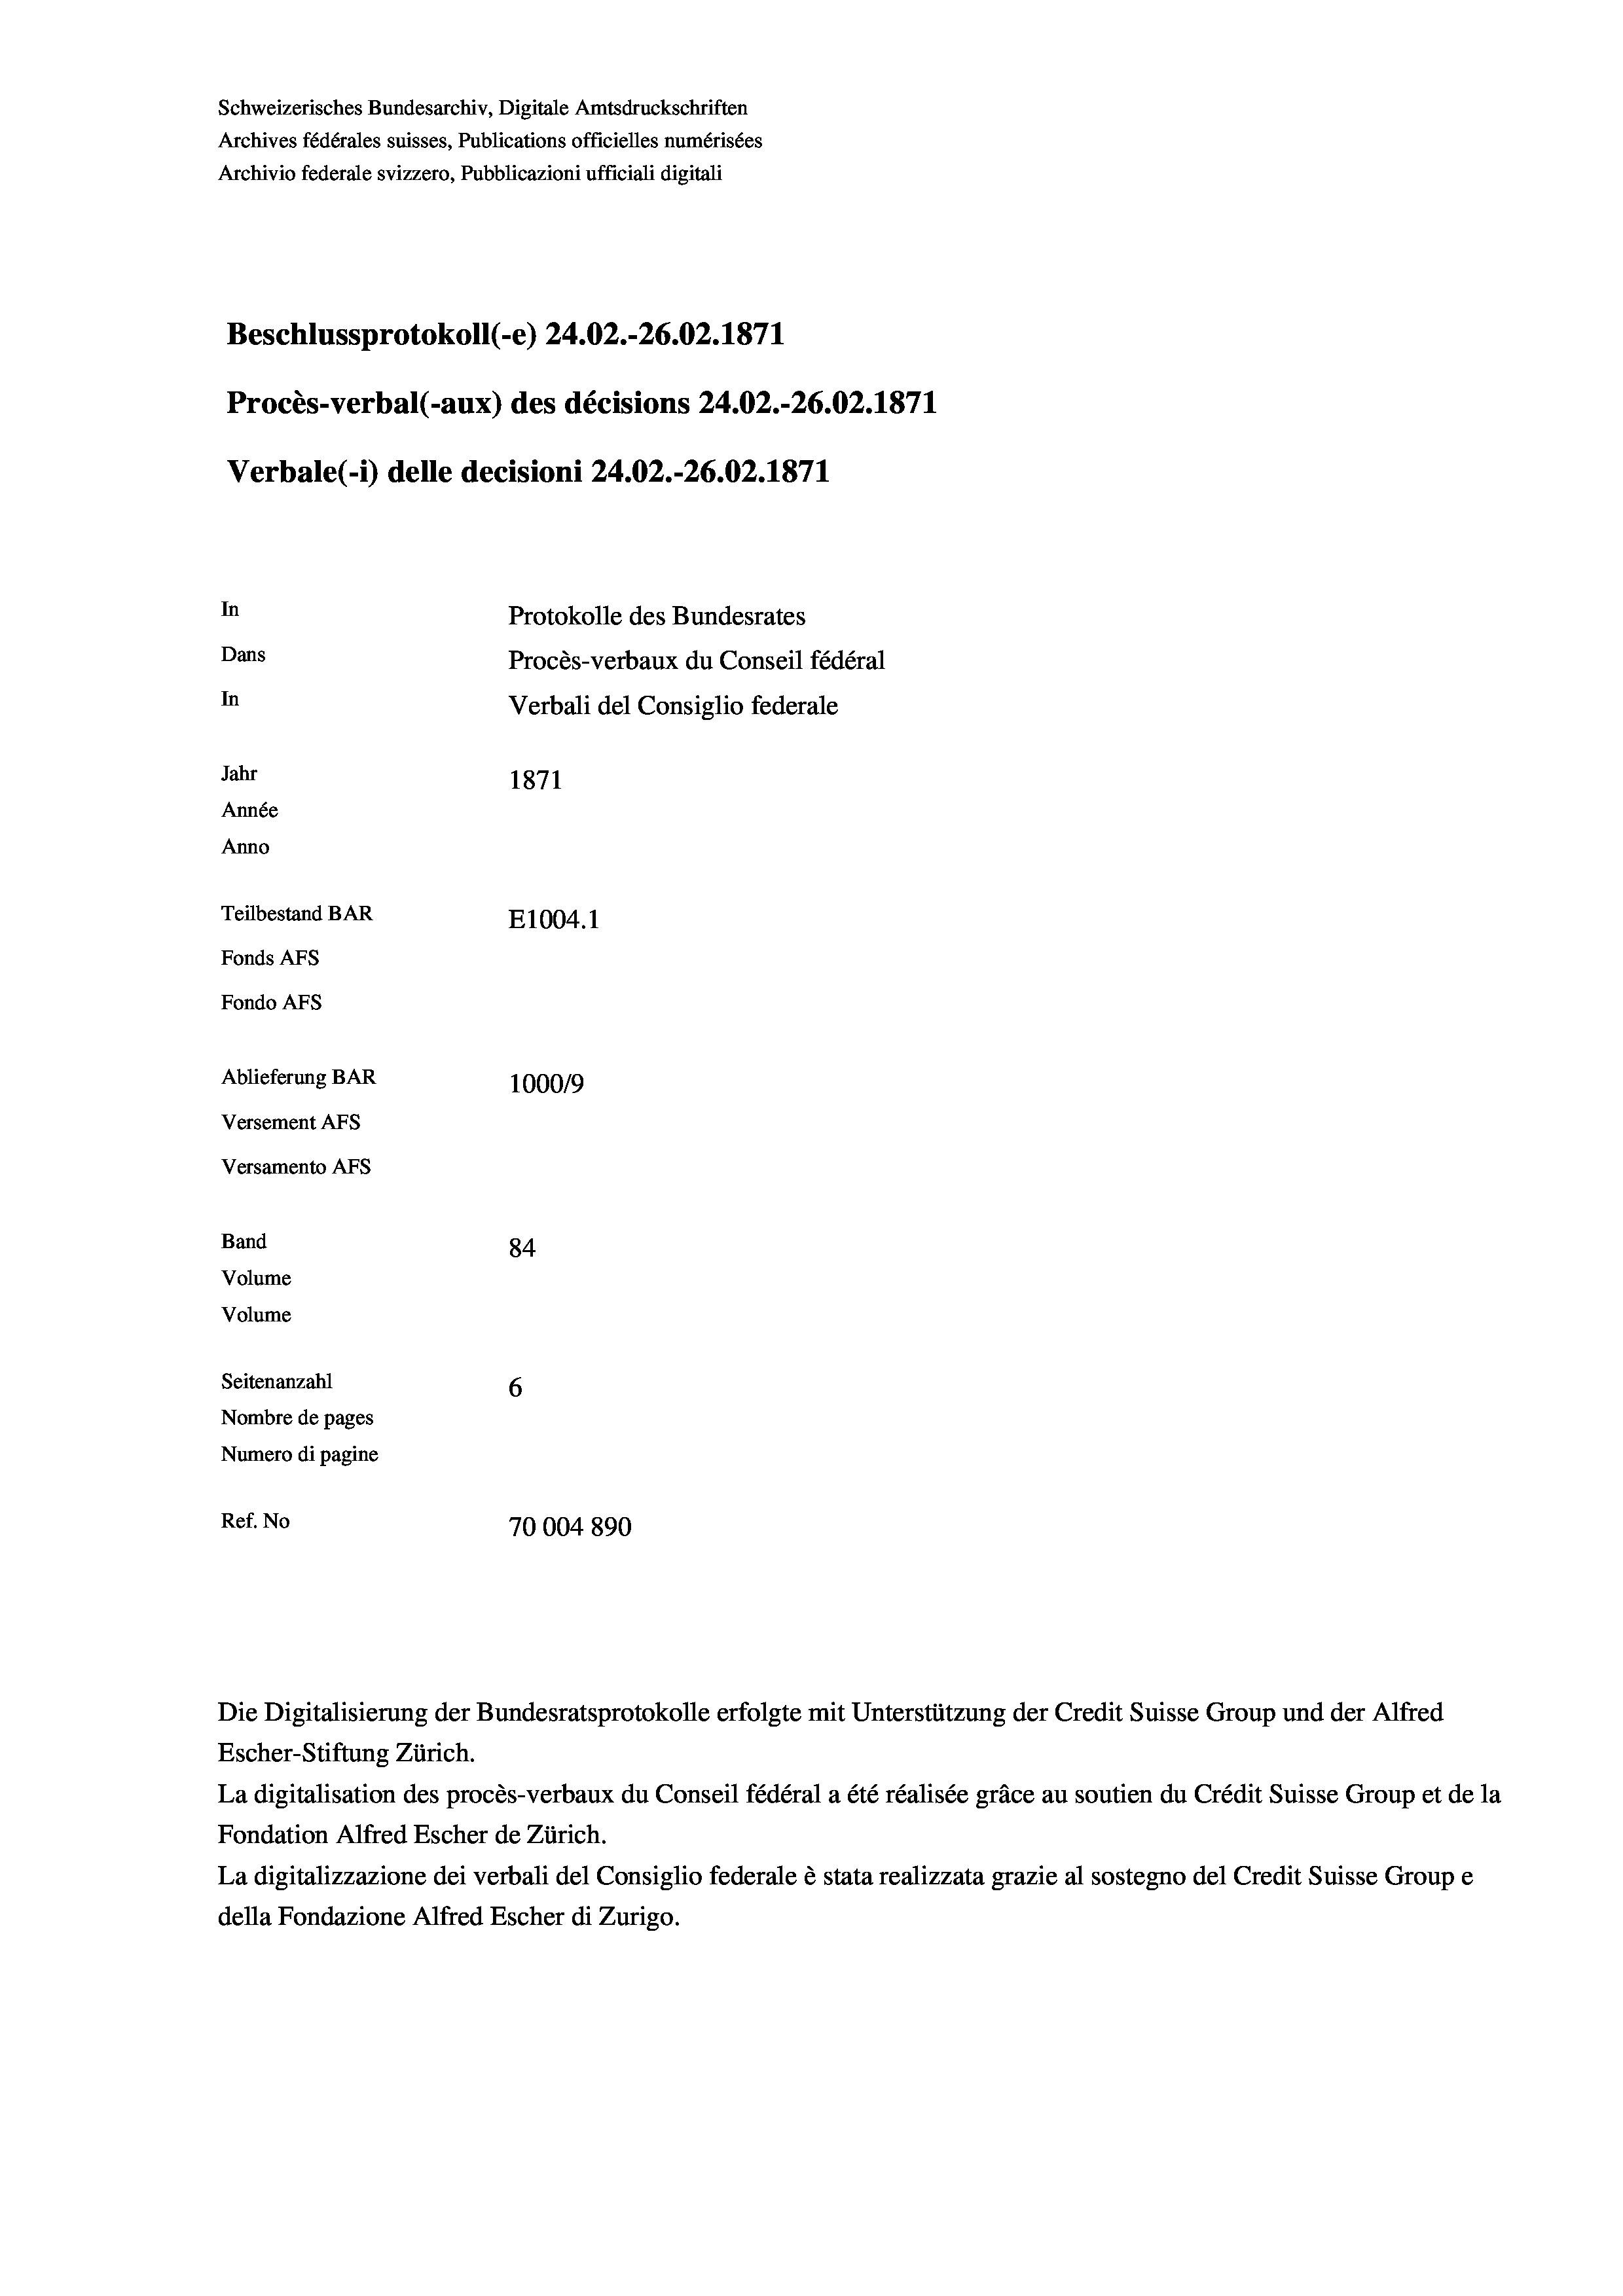
Schweizerisches Bundesarchiv, Digitale Amtsdruckschriften
Archives fédérales suisses, Publications officielles numérisées
Archivio federale svizzero, Pubblicazioni ufficiali digitali
Beschlussprotokoll (-e) 24.02.-26.02. 1871
Procès-verbal (-aux) des décisions 24.02.-26.02. 1871
Verbale (- 1) delle decisioni 24.02.-26.02. 1871
In
Protokolle des Bundesrates
Dans
Procès-verbaux du Conseil fédéral
In
Verbali del Consiglio federale
Jahr
1871
Année
Anno
Teilbestand BAR
E1004. 1
Fonds AFs
Fondo AFS
Ablieferung BAR
100019
Versement AFs
Versamento AFs
Band
84
Volume
Volume
Seitenanzahl
6
Nombre de pages
Numero di pagine
Ref. No
70004 890

La digitalisation des procès-verbaux du Conseil fédéral a été réalisée gräce au soutien du Crédit Suisse Group et de la
Fondation Alfred Escher de Zürich.
La digitalizzazione dei verbali del Consiglio federale è stata realizzata grazie al sostegno del Credit Suisse Groupe
della Fondazione Alfred Escher di Zurigo.

Die Digitalisierung der Bundesratsprotokolle erfolgte mit Unterstützung der Credit Suisse Group und der Alfred
Escher-Stiftung Zürich.